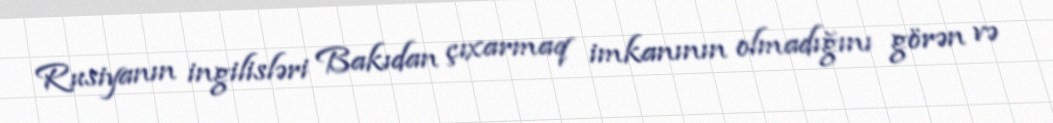
Rusiyanın ingilisləri Bakıdan çıxarmaq imkanının olmadığını görən və